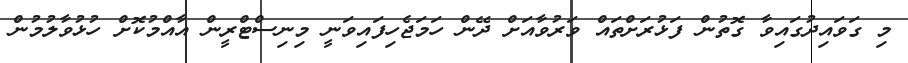
މި ގަވައިދުގައިވާ ގޮތުން ފަޅުރަށްތައް ވަރުވާއަށް ދޭން ހަމަޖެހިފައިވަނީ މިނިސްޓްރީން އާއްމުކޮށް ހުޅުވާލުމުން